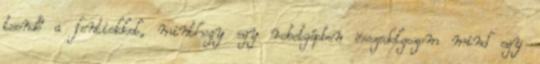
teendő a fentiekkel, minthogy egy robotgépben összedolgozom mind egy